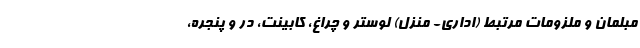
مبلمان و ملزومات مرتبط (اداری- منزل) لوستر و چراغ، کابینت، در و پنجره،